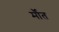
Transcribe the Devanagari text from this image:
र्मौत